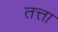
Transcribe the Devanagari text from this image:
तत्ता